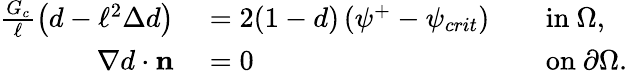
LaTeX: \begin{array}{rlrl}{\frac{G_{c}}{\ell}\left(d-\ell^{2}\Delta d\right)}&{{}=2(1-d)\left(\psi^{+}-\psi_{crit}\right)}&{}&{{}\mathrm{in}\ \Omega,}\\ {\nabla d\cdot\mathbf{n}}&{{}=0}&{}&{{}\mathrm{on}\ \partial\Omega.}\end{array}